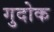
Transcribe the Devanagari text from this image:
गुदोक